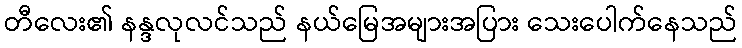
တီလေး၏ နန္ဒလုလင်သည် နယ်မြေအများအပြား သေးပေါက်နေသည်